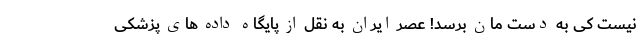
نیست کی به دست مان برسد! عصر ایران به نقل از پایگاه داده های پزشکی